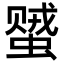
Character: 𬠠